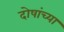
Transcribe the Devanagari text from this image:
दोषांच्या